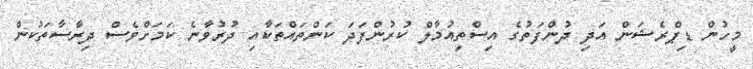
މީހުން ޑިޕްރެޝަން އަދި ދުންފަތުގެ އިސްތިއުމާލް ކުރުންފަދަ ކަންތައްތަކާއި ދުރުވާނެ ކަމަށްވެސް ދިރާސާތަކުން